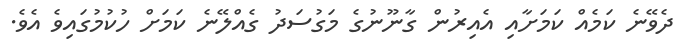
ދެވޭނެ ކަމެއް ކަމަށާއި އެއިރުން ގާނޫނުގެ މަގުސަދު ގެއްލޭނެ ކަމަށް ހުކުމުގައިވެ އެވެ.